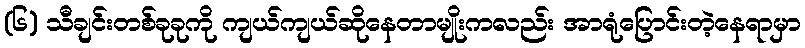
(၆) သီချင်းတစ်ခုခုကို ကျယ်ကျယ်ဆိုနေတာမျိုးကလည်း အာရုံပြောင်းတဲ့နေရာမှာ